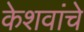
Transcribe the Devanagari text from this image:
केशवांचे